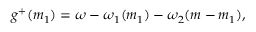
g ^ { + } ( m _ { 1 } ) = \omega - \omega _ { 1 } ( m _ { 1 } ) - \omega _ { 2 } ( m - m _ { 1 } ) ,